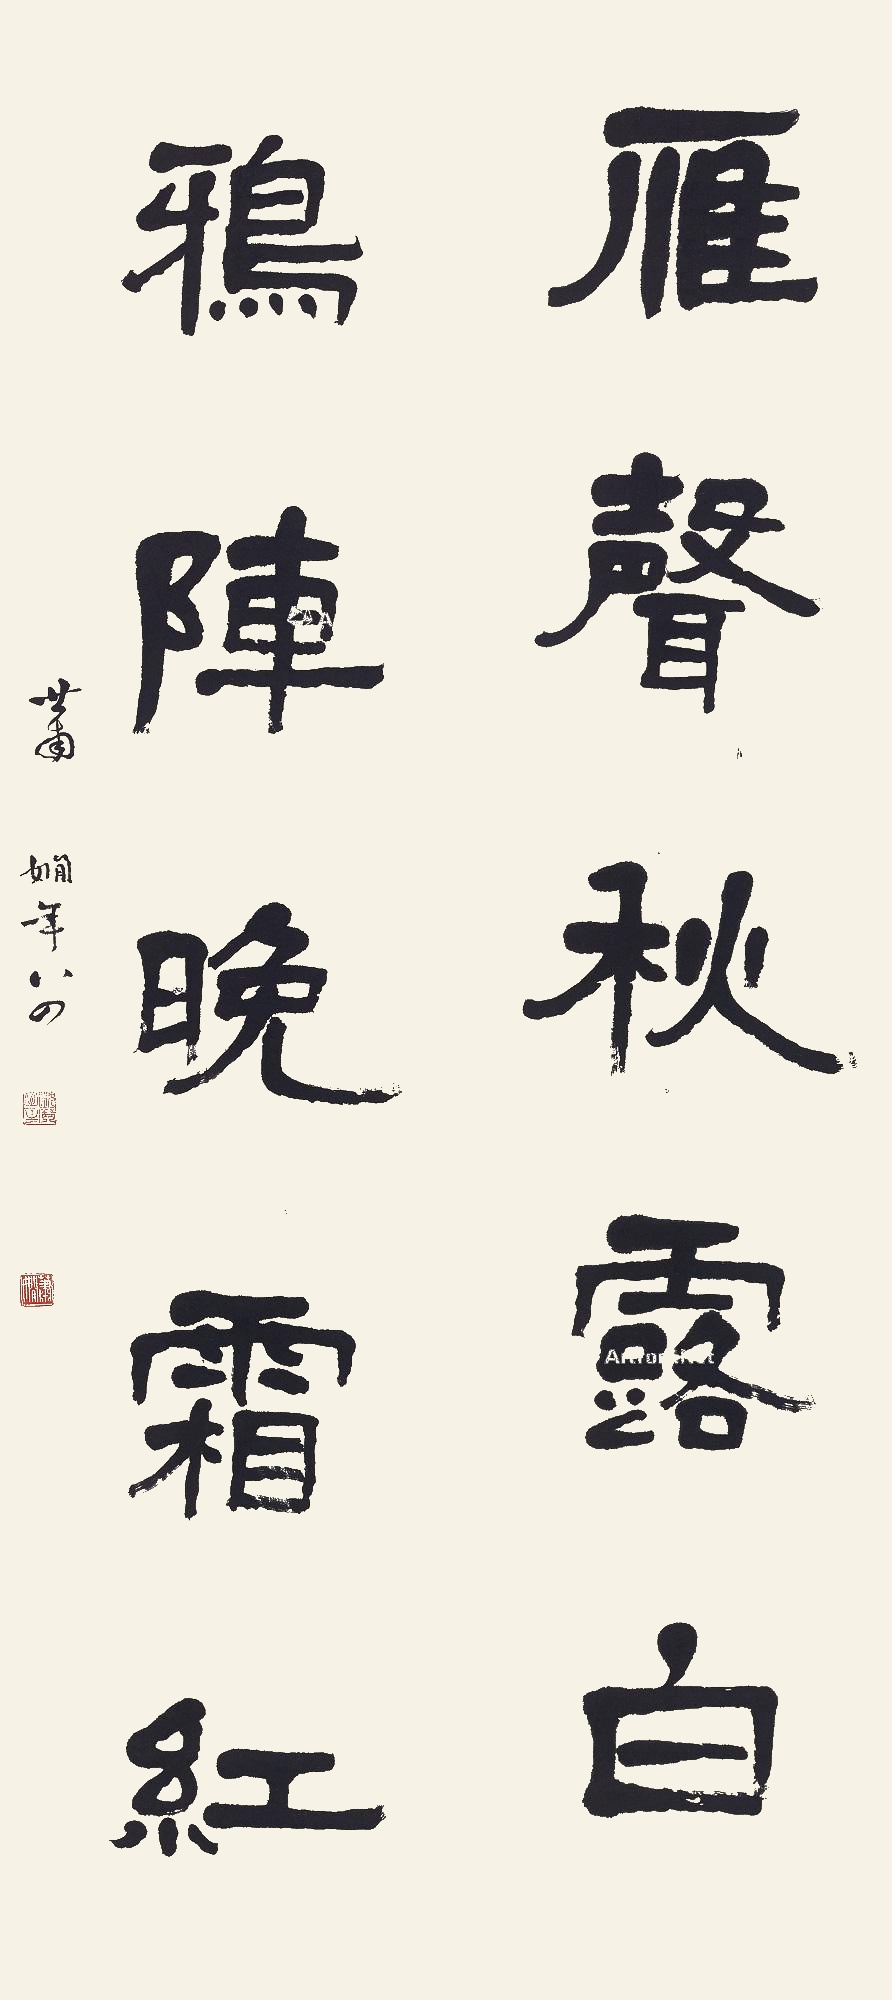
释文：雁声秋露白，鸦阵晚霜红。萧娴年八四。